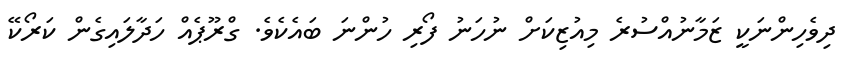
ދިވެހިންނަކީ ޒަމާނުއްސުރެ މިއުޒިކަށް ނުހަނު ފޯރި ހުންނަ ބައެކެވެ. ގްރޫޕެއް ހަދާލައިގެން ކަރޯކޭ